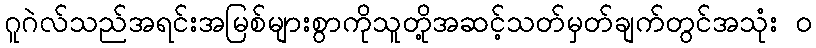
ဂူဂဲလ်သည်အရင်းအမြစ်များစွာကိုသူတို့အဆင့်သတ်မှတ်ချက်တွင်အသုံး ၀